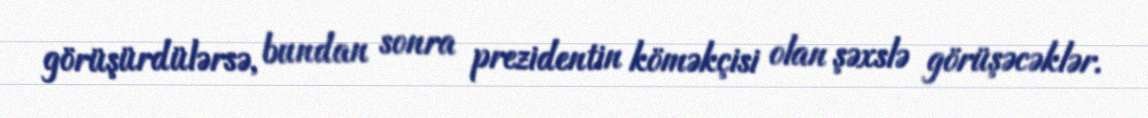
görüşürdülərsə, bundan sonra prezidentin köməkçisi olan şəxslə görüşəcəklər.